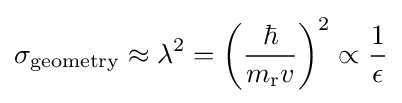
\sigma _{\text{geometry}}\approx \lambda ^{2}={\bigg (}{\frac {\hbar }{m_{\text{r}}v}}{\bigg )}^{2}\propto {\frac {1}{\epsilon }}